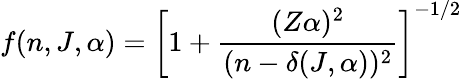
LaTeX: f(n,J,\alpha)=\left[1+\frac{(Z\alpha)^{2}}{(n-\delta(J,\alpha))^{2}}\right]^{-1/2}